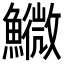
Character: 𩼌